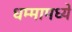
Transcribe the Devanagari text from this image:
धम्मामध्ये